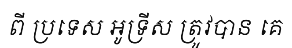
ពី ប្រទេស អូទ្រីស ត្រូវបាន គេ